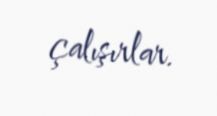
çalışırlar.